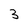
Character: 3